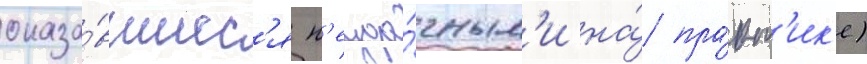
оказа́вшиес'я н'еуда́чным'и на́ пра́кт'ик'е)